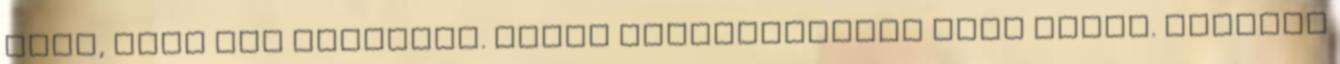
tűnt, hogy így meglepem. Olyan bensőségesnek tűnt volna. egészen